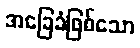
အခြေခံဖြစ်သော